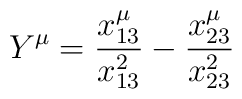
Y^\mu = \frac{x_{13}^\mu}{x_{13}^2} - \frac{x_{23}^\mu}{x_{23}^2}